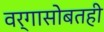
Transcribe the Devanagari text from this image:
वर्गासोबतही